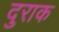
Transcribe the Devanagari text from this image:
दुराक